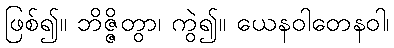
ဖြစ်၍။ ဘိဇ္ဇိတွာ၊ ကွဲ၍။ ယေနဝါတေနဝါ၊